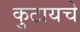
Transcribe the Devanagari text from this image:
कुटायचे